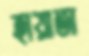
হায়াতা